Civil Veterinary Dept. Bombay admin report 1893-99 - 1893-1899
Year: 1893
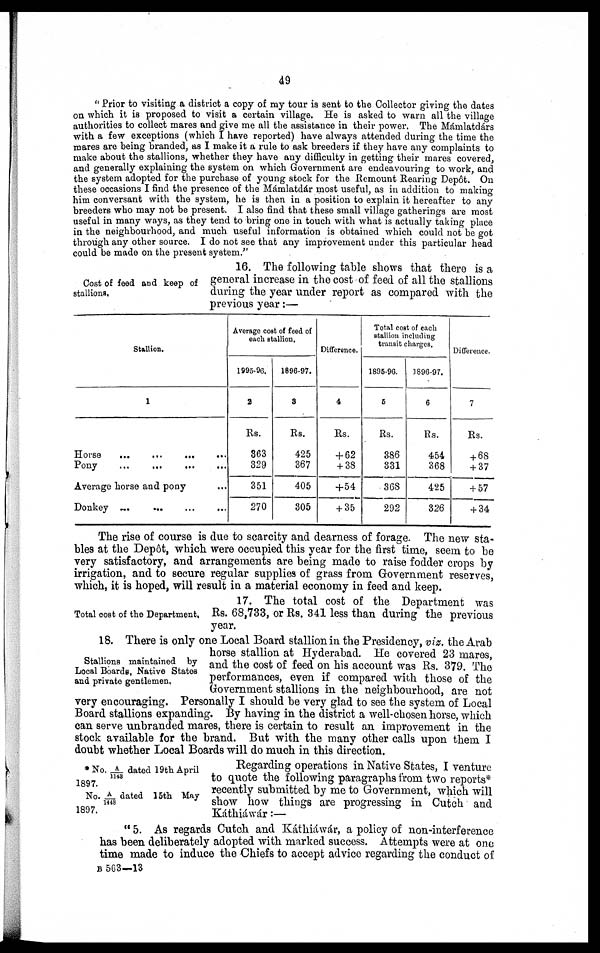
49
"Prior to visiting a district a copy of my tour is sent to the Collector giving the dates
on which it is proposed to visit a certain village. He is asked to warn all the village
authorities to collect mares and give me all the assistance in their power. The Mámlatdárs
with a few exceptions (which I have reported) have always attended during the time the
mares are being branded, as I make it a rule to ask breeders if they have any complaints to
make about the stallions, whether they have any difficulty in getting their mares covered,
and generally explaining the system on which Government are endeavouring to work, and
the system adopted for the purchase of young stock for the Remount Rearing Depôt. On
these occasions I find the presence of the Mámlatdár most useful, as in addition to making
him conversant with the system, he is then in a position to explain it hereafter to any
breeders who may not be present. I also find that these small village gatherings are most
useful in many ways, as they tend to bring one in touch with what is actually taking place
in the neighbourhood, and much useful information is obtained which could not be got
through any other source. I do not see that any improvement under this particular head
could be made on the present system."
Cost of feed and keep of
stallions,
16. The following table shows that there is a
general increase in the cost of feed of all the stallions
during the year under report as compared with the
previous year:—
Stallion.
1
Horse
...
...
...
Pony
...
...
...
Average horse and pony ...
Donkey
...
...
...
...
Average cost of feed of
each stallion.
1995-96.
2
Rs.
363
329
351
270
1896-97.
3
Rs.
425
367
405
305
Difference.
4
Rs.
+ 62
+ 38
+54
+ 35
Total cost of each
stallion including
transit charges.
1895-96.
6
Rs.
386
331
368
292
1896-97.
6
Rs.
454
368
425
326
Difference.
7
Rs.
+ 68
+ 37
+ 57
+ 34
The rise of course is due to scarcity and dearness of forage. The new sta-
bles at the Depôt, which were occupied this year for the first time, seem to be
very satisfactory, and arrangements are being made to raise fodder crops by
irrigation, and to secure regular supplies of grass from Government reserves,
which, it is hoped, will result in a material economy in feed and keep.
Total cost of the Department.
17. The total cost of the Department was
Rs. 68,733, or Rs. 341 less than during the previous
year.
Stallions maintained by
Local Boards, Native States
and private gentlemen.
18. There is only one Local Board stallion in the Presidency, viz. the Arab
horse stallion at Hyderabad. He covered 23 mares,
and the cost of feed on his account was Rs. 379. The
performances, even if compared with those of the
Government stallions in the neighbourhood, are not
very encouraging. Personally I should be very glad to see the system of Local
Board stallions expanding. By having in the district a well-chosen horse, which
can serve unbranded mares, there is certain to result an improvement in the
stock available for the brand. But with the many other calls upon them I
doubt whether Local Boards will do much in this direction.
* No. A/1143 dated 19th April
1897.
No. A/1448 dated 15th May
1897.
Regarding operations in Native States, I venture
to quote the following paragraphs from two reports*
recently submitted by me to Government, which will
show how things are progressing in Cutch and
Káthiáwár:—
"5. As regards Cutch and Káthiáwár, a policy of non-interference
has been deliberately adopted with marked success. Attempts were at one
time made to induce the Chiefs to accept advice regarding the conduct of
B 563—13